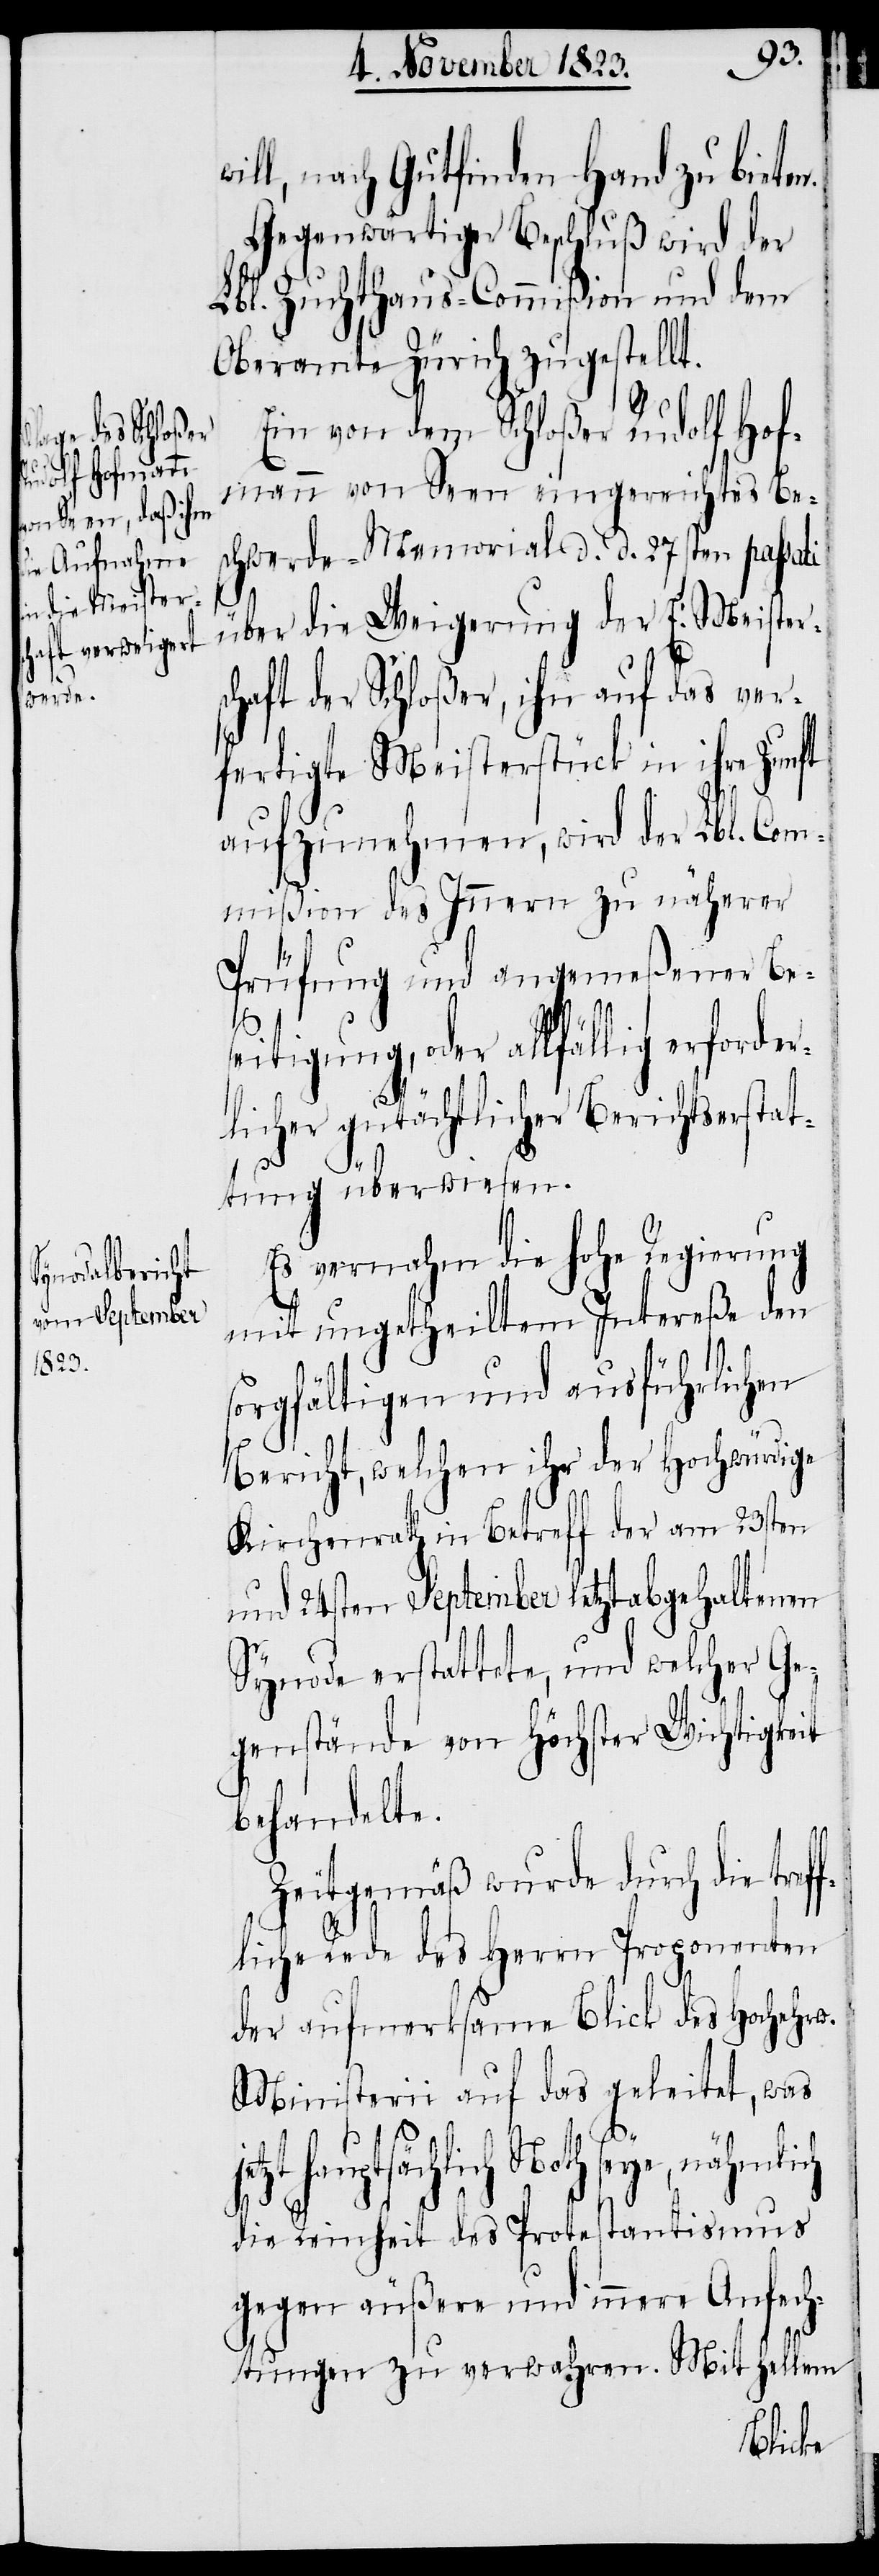
ill, nach Gutfinden Hand zu bieten.
Gegenwärtiger Beschluß wird der
Lbl. Zuchthaus-Commißion und dem
Oberamte Zürich zugestellt.
Ein von dem Schloßer Rudolf Hof¬
mann von Seen eingereichtes Be¬
schwerde-Memorial d. d. 27sten passati
über die Weigerung der E. Meister¬
schaft der Schloßer, ihn auf das ver¬
fertigte Meisterstück in ihre Zunft
aufzunehmen, wird der Lbl. Com¬
mißion des Innern zu näherer
Prüfung und angemeßener Be¬
seitigung, oder allfällig erforder¬
w¬
licher gutächtlicher Berichtserstat¬
tung überwiesen.
Es vernahm die hohe Regierung
mit ungetheiltem Intereße den
sorgfältigen und ausführlichen
Bericht, welchen ihr der Hochwürdige
Kirchenrath in Betreff der am 23sten
und 24sten September letztabgehaltenen
Synode erstattete, und welcher Ge¬
genstände von Höchster Wichtigkeit
behandelte.
Zeitgemäß wurde durch die tref¬
fliche Rede des Herrn Proponenten
der aufmerksame Blick des Hochehrw.
Ministerii auf das geleitet, was
hauptsächlich Noth seye, nähmlich
die Reinheit des Protestantismus
gegen äußere und innere Anfech¬
tungen zu verwahren. Mit hellem